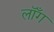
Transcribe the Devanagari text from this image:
लॉँग